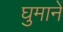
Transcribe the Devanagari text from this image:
घुमानें